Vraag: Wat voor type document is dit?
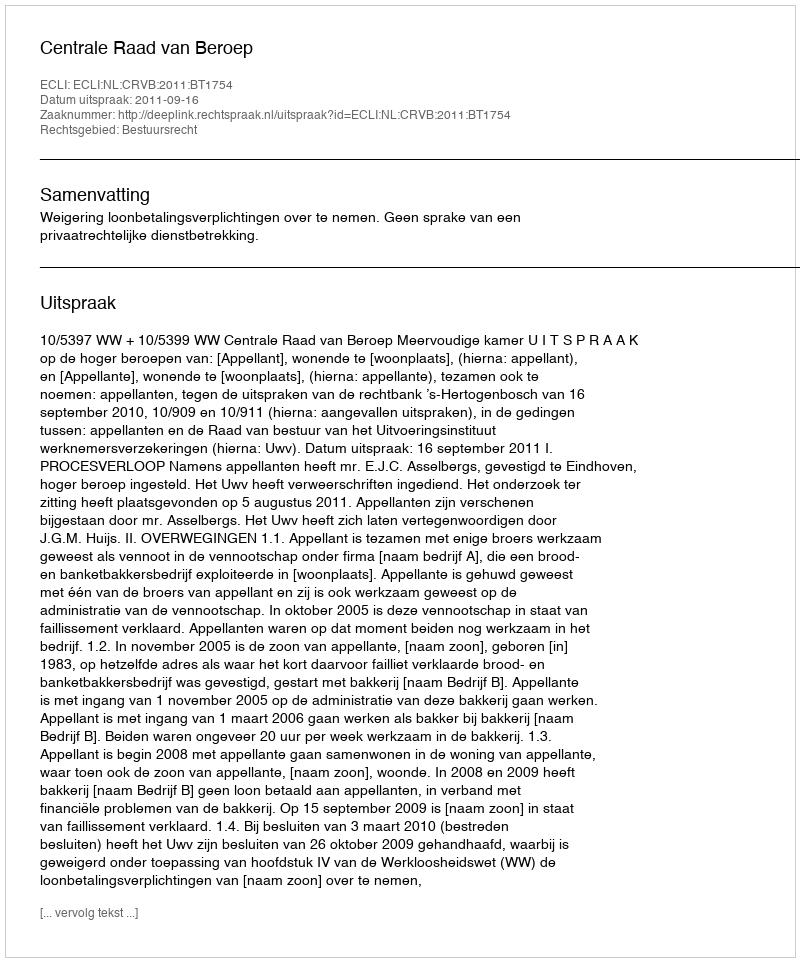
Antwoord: Uitspraak